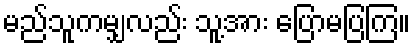
မည်သူကမျှလည်း သူ့အား ပြောမပြကြ။